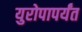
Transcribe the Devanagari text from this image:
युरोपापर्यंत